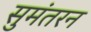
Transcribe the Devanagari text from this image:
सुमंतरन